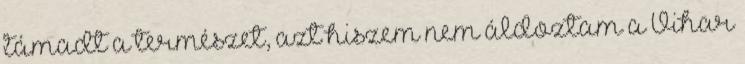
támadt a természet, azt hiszem nem áldoztam a Vihar